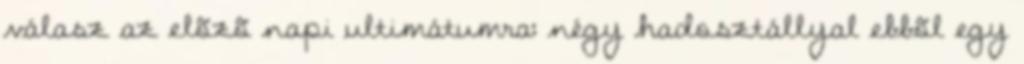
válasz az elõzõ napi ultimátumra: négy hadosztállyal ebbõl egy